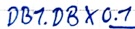
Text: DB1.DBX0.1